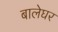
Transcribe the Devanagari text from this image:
बालेघर